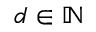
d \in \mathbb { N }